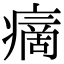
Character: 𤹞